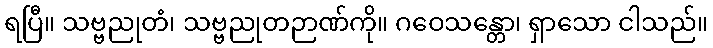
ရပြီ။ သဗ္ဗညုတံ၊ သဗ္ဗညုတဉာဏ်ကို။ ဂဝေသန္တော၊ ရှာသော ငါသည်။